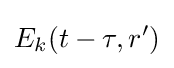
E_{k}(t-\tau ,r')